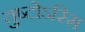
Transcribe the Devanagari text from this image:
तुष्टोऽस्मि